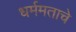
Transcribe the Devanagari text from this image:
धर्ममताचे